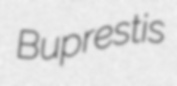
Buprestis